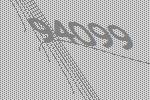
94099